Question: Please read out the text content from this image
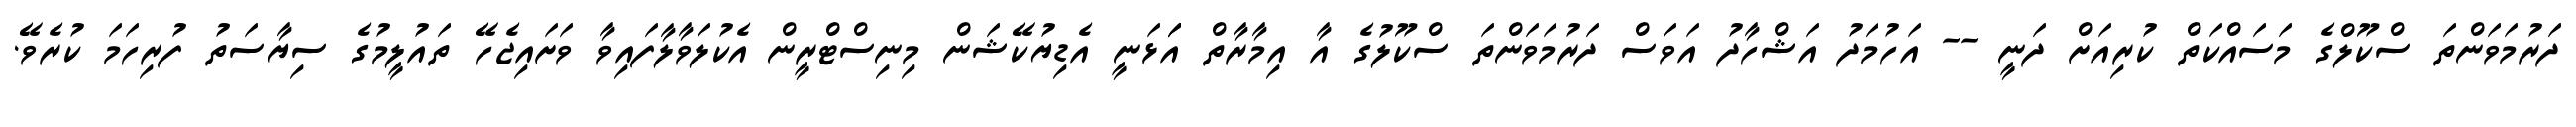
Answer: ދަރުމަވަންތަ ސްކޫލްގެ މަސައްކަތް ކުރިއަށް ދަނީ -- އަހުމަދު އަޝްހާދު އަވަސް ދަރުމަވަންތަ ސްކޫލުގެ އާ އިމާރާތް އަަޅަނީ އެޑިޔުކޭޝަން މިނިސްޓްރީން އެކުލަވާލާފައިވާ ވަށައިޖެހޭ ތައުލީމުގެ ސިޔާސަތު ފުރިހަމަ ކުރެވޭ.